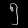
Digit: ၅